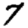
Digit: 7